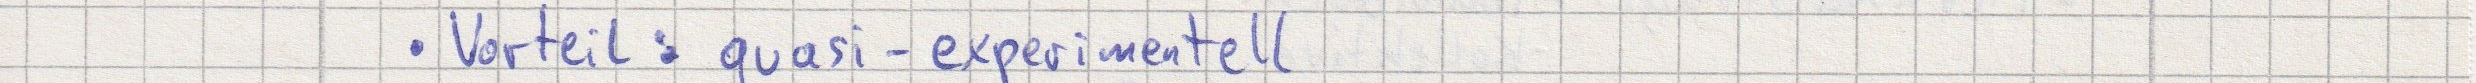
- Vorteil: quasi-experimentell